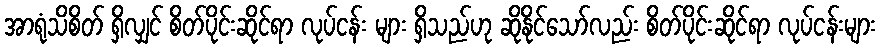
အာရုံသိစိတ် ရှိလျှင် စိတ်ပိုင်းဆိုင်ရာ လုပ်ငန်း များ ရှိသည်ဟု ဆိုနိုင်သော်လည်း စိတ်ပိုင်းဆိုင်ရာ လုပ်ငန်းများ